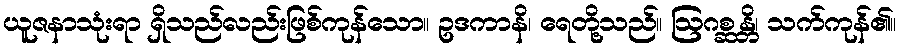
ယူဇနာသုံးရာ ရှိသည်လည်းဖြစ်ကုန်သော။ ဥဒကာနိ၊ ရေတို့သည်။ ဩဂစ္ဆန္တိ၊ သက်ကုန်၏။